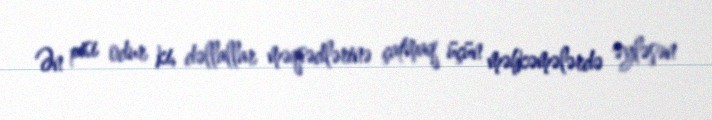
Ən pisi odur ki, dəllallar məqsədlərinə çatmaq üçün məhkəmələrdə əyləşən